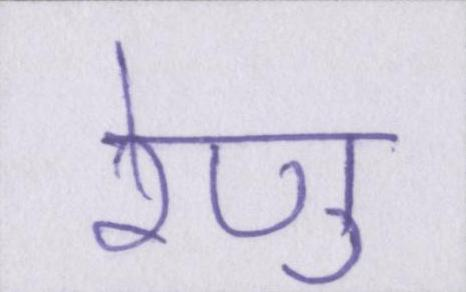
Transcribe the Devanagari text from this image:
रेणु